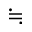
\fallingdotseq